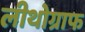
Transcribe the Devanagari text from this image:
लीथोग्राफ